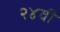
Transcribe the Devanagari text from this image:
२४वी